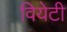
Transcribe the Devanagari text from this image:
वियेटी